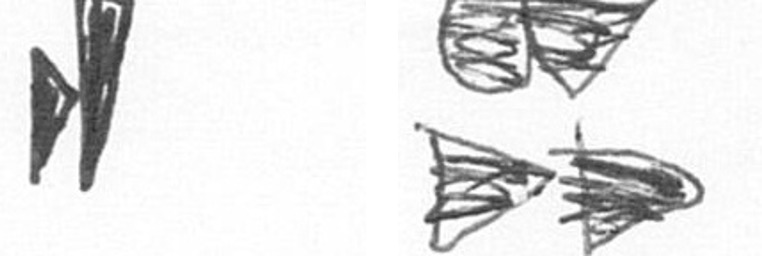
M B